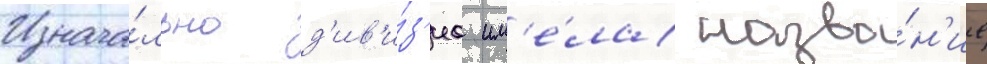
Изнача́льно д'ив'и́з'иа им'е́ла назва́н'ие